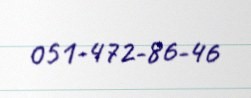
051-472-86-46